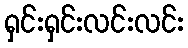
ရှင်းရှင်းလင်းလင်း